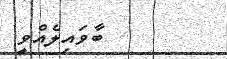
ބާވައިލެއްވީ